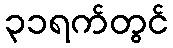
၃၁ရက်တွင်